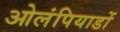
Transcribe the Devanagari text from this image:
ओलंपियाडों